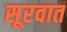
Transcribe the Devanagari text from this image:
सूरवात